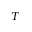
T